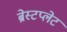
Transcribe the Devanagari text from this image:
ब्रेस्टप्लेट